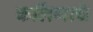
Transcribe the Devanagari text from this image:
कलिंगाचे